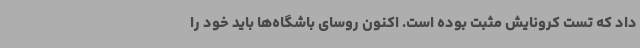
داد که تست کرونایش مثبت بوده است. اکنون روسای باشگاه‌ها باید خود را